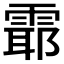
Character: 𲉻